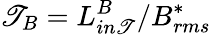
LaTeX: \mathscr{T}_{B}=L_{in\mathscr{T}}^{B}/B_{rms}^{*}